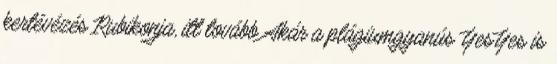
kertévézés Rubikonja, itt tovább Akár a plágiumgyanús YesYes is